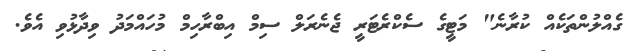
ގެއްލުންތަކެއް ކުރާނެ" މަޓީގެ ސެކްރެޓަރީ ޖެނެރަލް ސިމް އިބްރާހިމް މުހައްމަދު ވިދާޅުވި އެވެ.